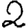
Digit: 2